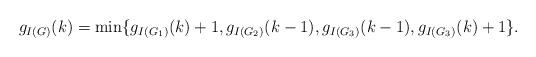
LaTeX: \begin{align*}g_{I(G)}(k)=\min\{g_{I(G_1)}(k)+1,g_{I(G_2)}(k-1),g_{I(G_3)}(k-1),g_{I(G_3)}(k)+1\}.\end{align*}